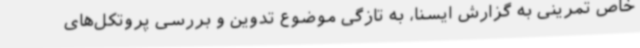
خاص تمرینی به گزارش ایسنا، به تازگی موضوع تدوین و بررسی پروتکل‌های